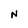
Character: N